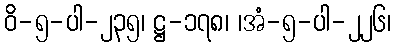
ဝိ-၅-ပါ-၂၃၅၊ ဋ္ဌ-၁၇၈၊ ၊အံ-၅-ပါ-၂၂၆၊